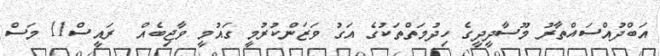
އަބްދުއްސައްތާރު މޫސާދީދީގެ ހިދުމަތްތަކުގެ އަގު ވަޒަންކުރުމީ ގައުމީ ވާޖިބެއް  ރައީސް11 މަސް